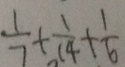
\frac { 1 } { 7 } + \frac { 1 } { 1 4 } + \frac { 1 } { 6 }